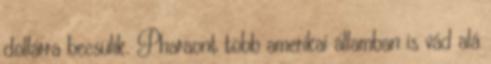
dollárra becsülik. Pharaont több amerikai államban is vád alá